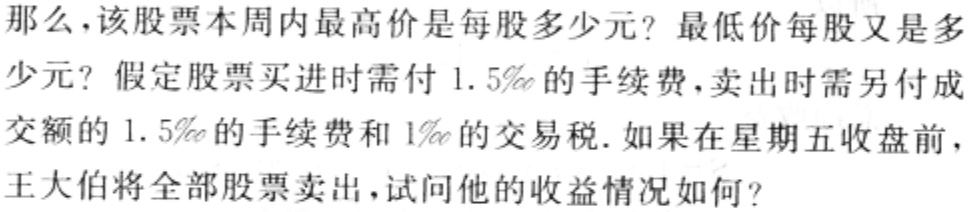
那么，该股票本周内最高价是每股多少元？最低价每股又是多少元？假定股票买进时需付 \(1.5‰\) 的手续费，卖出时需另付成交额的 \(1.5‰\) 的手续费和 \(1‰\) 的交易税. 如果在星期五收盘前，王大伯将全部股票卖出，试问他的收益情况如何？